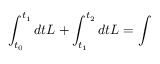
\int _ { t _ { 0 } } ^ { t _ { 1 } } d t L + \int _ { t _ { 1 } } ^ { t _ { 2 } } d t L = \int